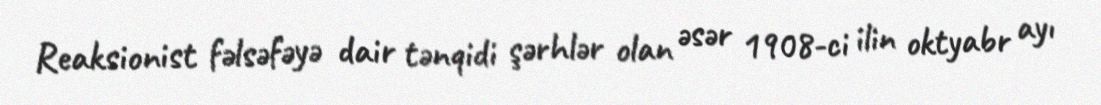
Reaksionist fəlsəfəyə dair tənqidi şərhlər olan əsər 1908-ci ilin oktyabr ayı